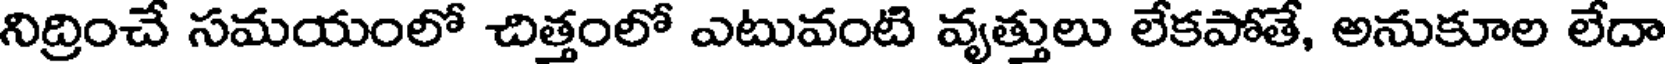
నిద్రించే సమయంలో చిత్తంలో ఎటువంటి వృత్తులు లేకపోతే, అనుకూల లేదా